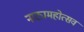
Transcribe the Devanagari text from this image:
नाट्यमहोत्सव